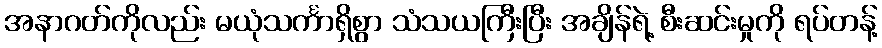
အနာဂတ်ကိုလည်း မယုံသင်္ကာရှိစွာ သံသယကြီးပြီး အချိန်ရဲ့ စီးဆင်းမှုကို ရပ်တန့်